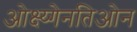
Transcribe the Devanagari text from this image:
ओक्ष्य्गेनतिओन